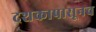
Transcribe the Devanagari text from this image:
दशकापासूनच